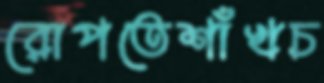
রোপতেশাঁখচ